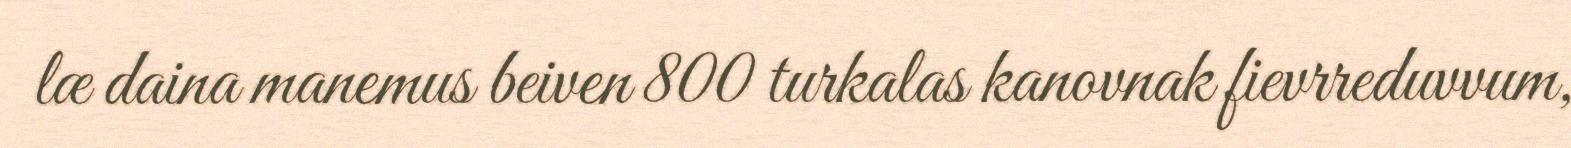
læ daina manemus beiven 800 turkalas kanovnak fievrreduvvum,